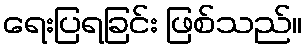
ရေးပြရခြင်း ဖြစ်သည်။